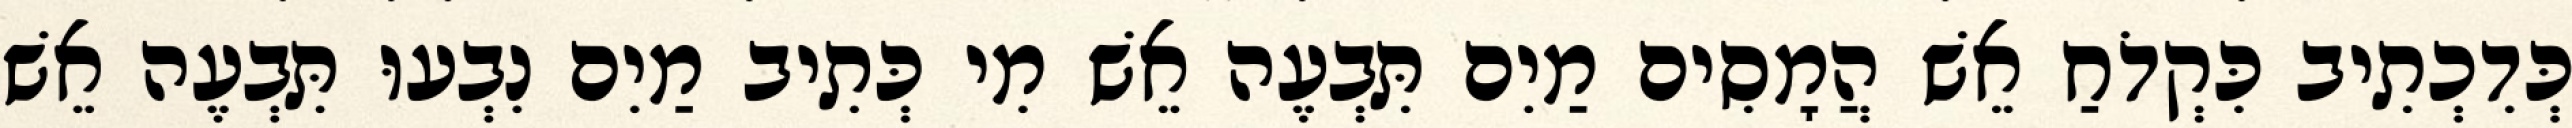
כְּדִכְתִיב כִּקְדֹחַ אֵשׁ הֲמָסִים מַיִם תִּבְעֶה אֵשׁ מִי כְּתִיב מַיִם נִבְעוּ תִּבְעֶה אֵשׁ